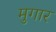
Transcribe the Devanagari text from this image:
मुगार